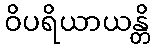
ဝိပရိယာယန္တိ